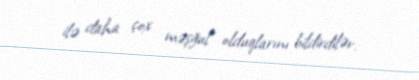
ilə daha çox məşğul olduqlarını bildirdilər.